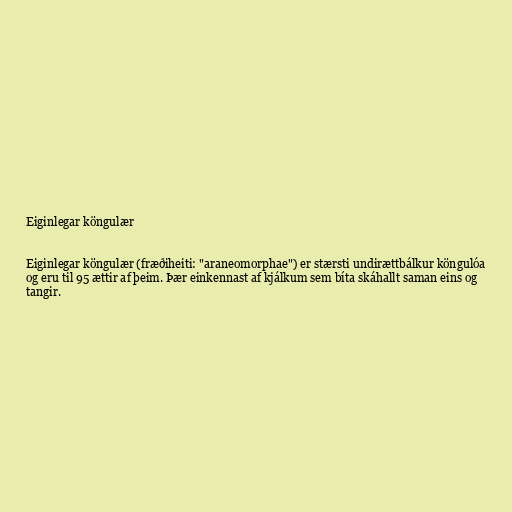
Eiginlegar köngulær

Eiginlegar köngulær (fræðiheiti: "araneomorphae") er stærsti undirættbálkur köngulóa
og eru til 95 ættir af þeim. Þær einkennast af kjálkum sem bíta skáhallt saman eins og
tangir.